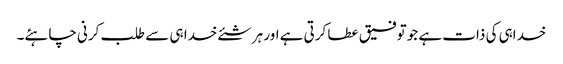
خداہی کی ذات ہے جو توفیق عطا کرتی ہے اور ہر شئے خدا ہی سے طلب کرنی چاہئے۔